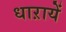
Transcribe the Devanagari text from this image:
धाऱायें